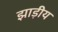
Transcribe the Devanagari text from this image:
झाड़ीय